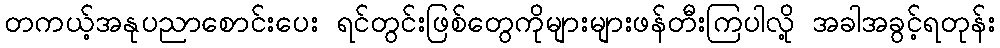
တကယ့်အနုပညာစောင်းပေး ရင်တွင်းဖြစ်တွေကိုများများဖန်တီးကြပါလို့ အခါအခွင့်ရတုန်း